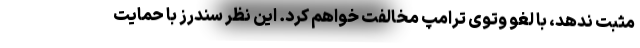
مثبت ندهد، با لغو وتوی ترامپ مخالفت خواهم کرد. این نظر سندرز با حمایت